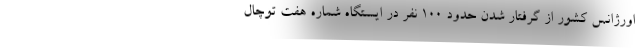
اورژانس کشور از گرفتار شدن حدود ١٠٠ نفر در ایستگاه شماره هفت توچال